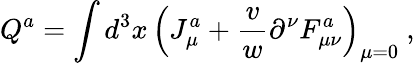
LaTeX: Q^{a}=\int d^{3}x\, \Bigl(J_{\mu}^{a}+{\frac{v}{w}}\partial^{\nu}F_{\mu\nu}^{a}\Bigr)_{\mu=0}\ ,